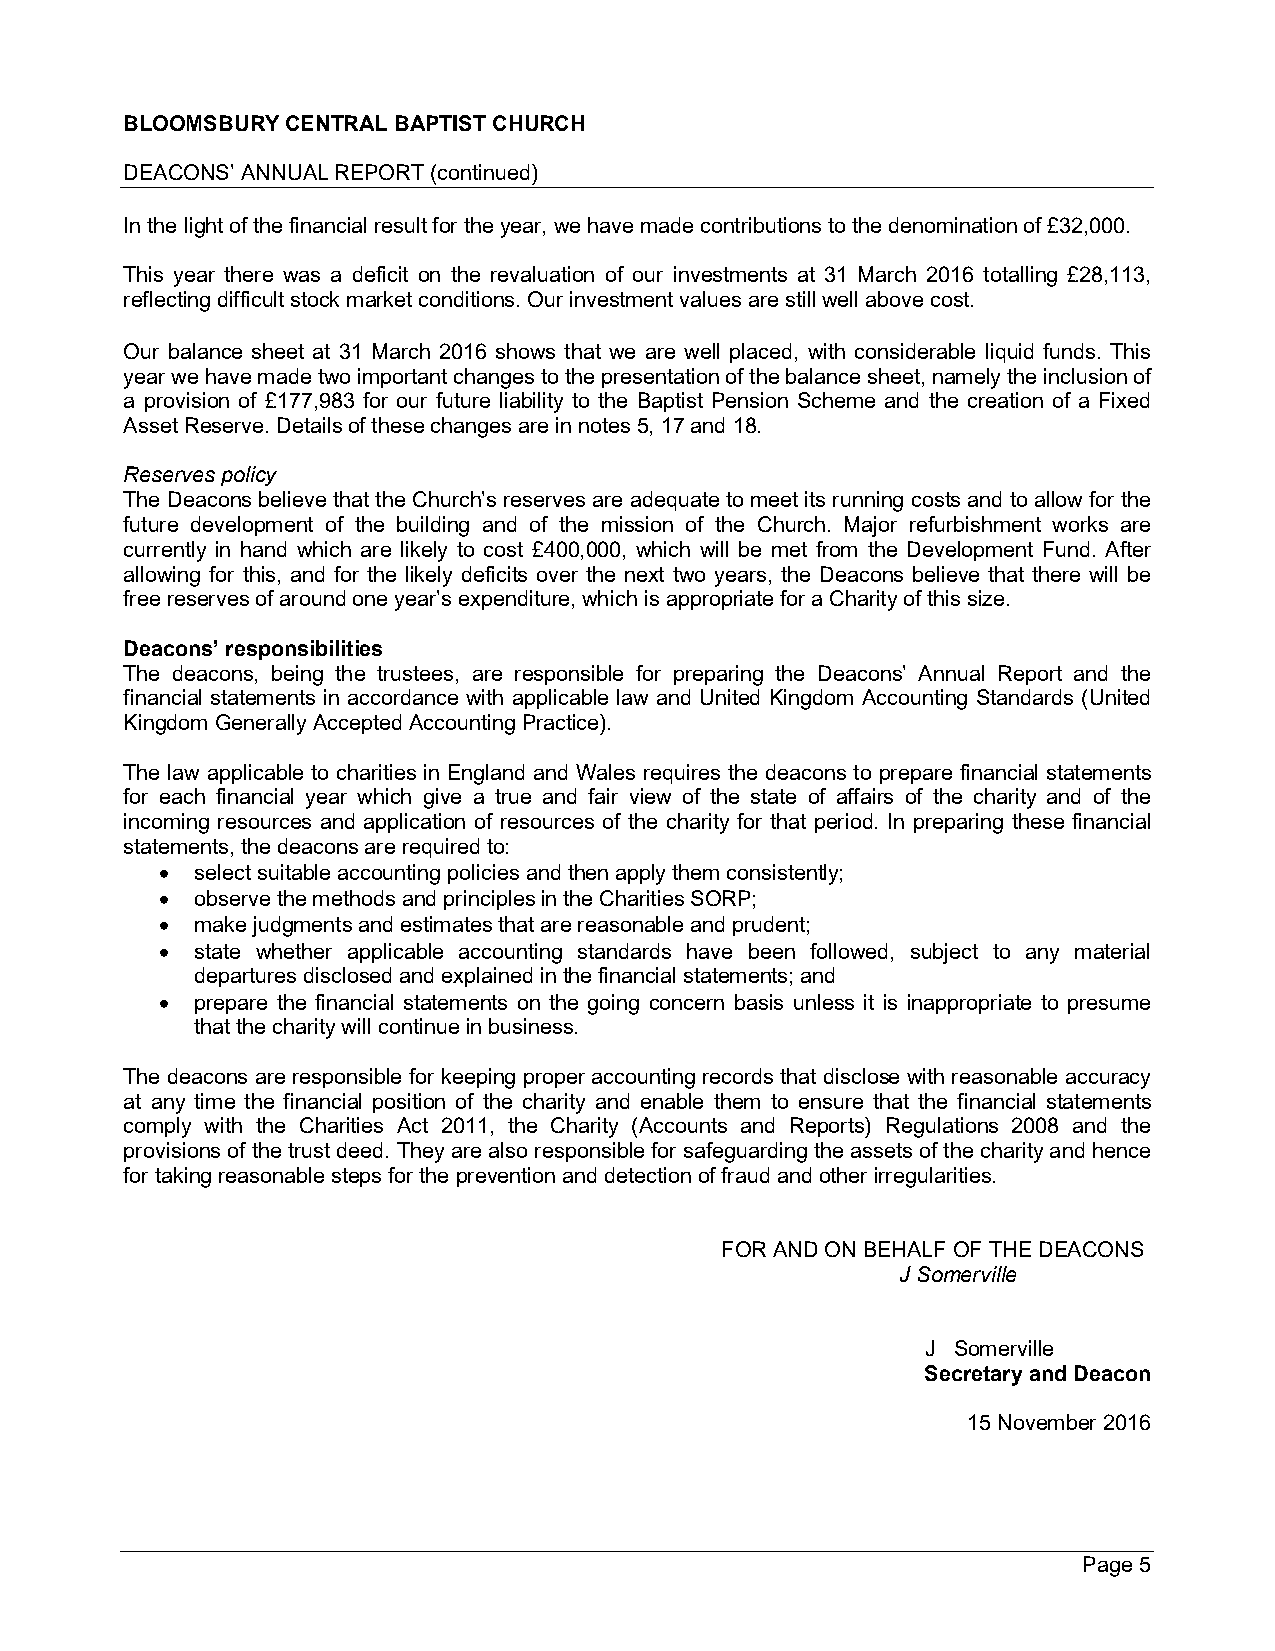
BLOOMSBURY CENTRAL BAPTIST CHURCH
 DEACONS’ ANNUAL REPORT (continued)
 In the light of the financial result for the year, we have made contributions to the denomination of £32,000.
 This year there was a deficit on the revaluation of our investments at 31 March 2016 totalling £28,113,
 reflecting difficult stock market conditions. Our investment values are still well above cost.
 Our balance sheet at 31 March 2016 shows that we are well placed, with considerable liquid funds. This
 year we have made two important changes to the presentation of the balance sheet, namely the inclusion of
 a provision of £177,983 for our future liability to the Baptist Pension Scheme and the creation of a Fixed
 Asset Reserve. Details of these changes are in notes 5, 17 and 18.
 Reserves policy
 The Deacons believe that the Church’s reserves are adequate to meet its running costs and to allow for the
 future development of the building and of the mission of the Church. Major refurbishment works are
 currently in hand which are likely to cost £400,000, which will be met from the Development Fund. After
 allowing for this, and for the likely deficits over the next two years, the Deacons believe that there will be
 free reserves of around one year’s expenditure, which is appropriate for a Charity of this size.
 Deacons’ responsibilities
 The deacons, being the trustees, are responsible for preparing the Deacons’ Annual Report and the
 financial statements in accordance with applicable law and United Kingdom Accounting Standards (United
 Kingdom Generally Accepted Accounting Practice).
 The law applicable to charities in England and Wales requires the deacons to prepare financial statements
 for each financial year which give a true and fair view of the state of affairs of the charity and of the
 incoming resources and application of resources of the charity for that period. In preparing these financial
 statements, the deacons are required to:
 (cid:120) select suitable accounting policies and then apply them consistently;
 (cid:120) observe the methods and principles in the Charities SORP;
 (cid:120) make judgments and estimates that are reasonable and prudent;
 (cid:120) state whether applicable accounting standards have been followed, subject to any material
 departures disclosed and explained in the financial statements; and
 (cid:120) prepare the financial statements on the going concern basis unless it is inappropriate to presume
 that the charity will continue in business.
 The deacons are responsible for keeping proper accounting records that disclose with reasonable accuracy
 at any time the financial position of the charity and enable them to ensure that the financial statements
 comply with the Charities Act 2011, the Charity (Accounts and Reports) Regulations 2008 and the
 provisions of the trust deed. They are also responsible for safeguarding the assets of the charity and hence
 for taking reasonable steps for the prevention and detection of fraud and other irregularities.
 FOR AND ON BEHALF OF THE DEACONS
 J Somerville
 J Somerville
 Secretary and Deacon
 15 November 2016
 Page 5